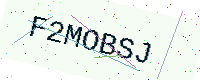
Text: F2MOBSJ